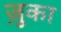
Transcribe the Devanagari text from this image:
ज़ुका